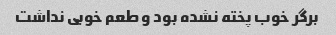
برگر خوب پخته نشده بود و طعم خوبی نداشت